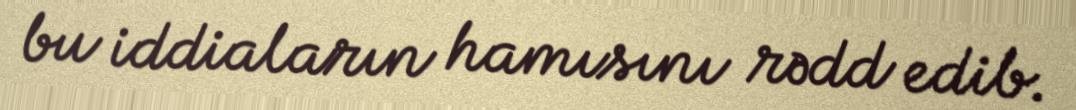
bu iddiaların hamısını rədd edib.